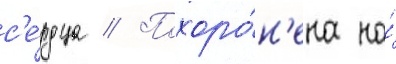
с'е́рдца // Похоро́н'ена на́